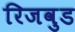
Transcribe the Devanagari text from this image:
रिजवुड